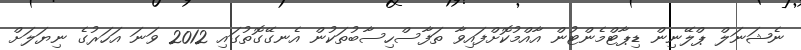
ނެޝަނަލް ޕްލޭނިން ޑިޕާޓްމެންޓުން އާއްމުކޮށްފައިވާ ތަފާސްހިސާބުތަކުން އެނގޭގޮތުގައި 2012 ވަނަ އަހަރުގެ ނިޔަލަށް